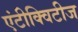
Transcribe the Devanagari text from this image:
एंटीक्विटीज